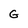
Character: G